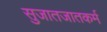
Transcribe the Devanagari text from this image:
सुजातजातकर्म